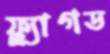
ফ্ল্যাগড